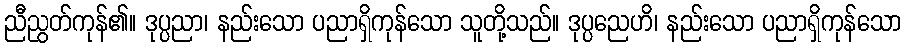
ညီညွတ်ကုန်၏။ ဒုပ္ပညာ၊ နည်းသော ပညာရှိကုန်သော သူတို့သည်။ ဒုပ္ပညေဟိ၊ နည်းသော ပညာရှိကုန်သော